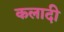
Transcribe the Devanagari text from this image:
कलादी